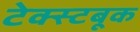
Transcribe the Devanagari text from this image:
टेक्स्टबूक